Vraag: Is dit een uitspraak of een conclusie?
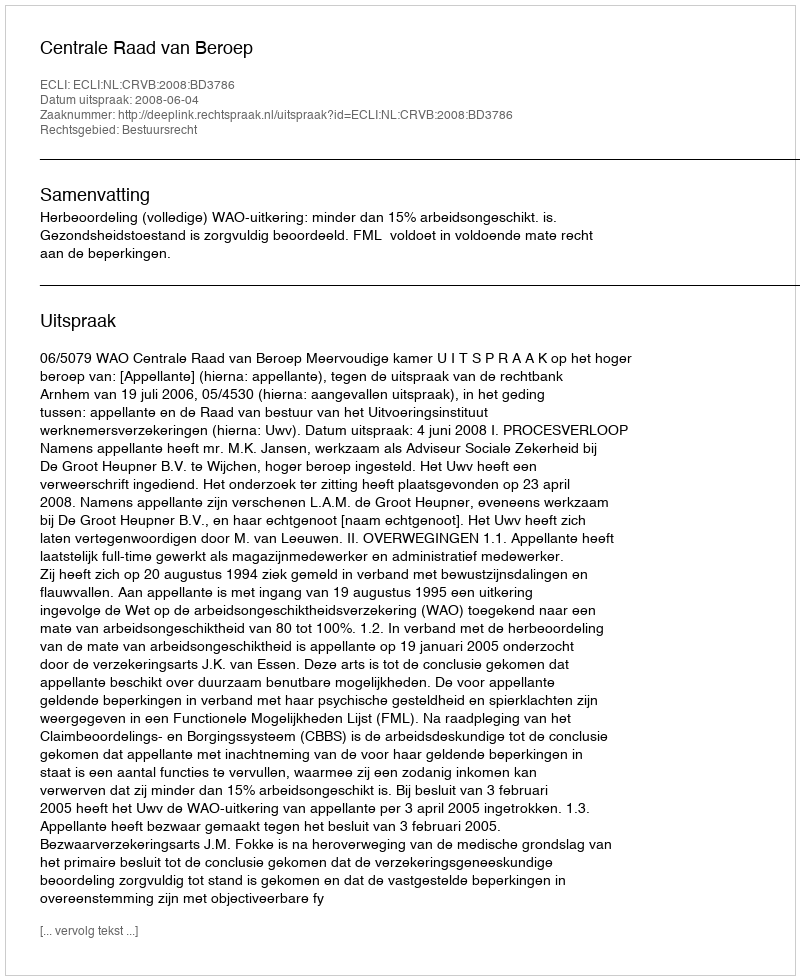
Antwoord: Uitspraak